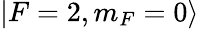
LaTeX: |F=2,m_{F}=0\rangle